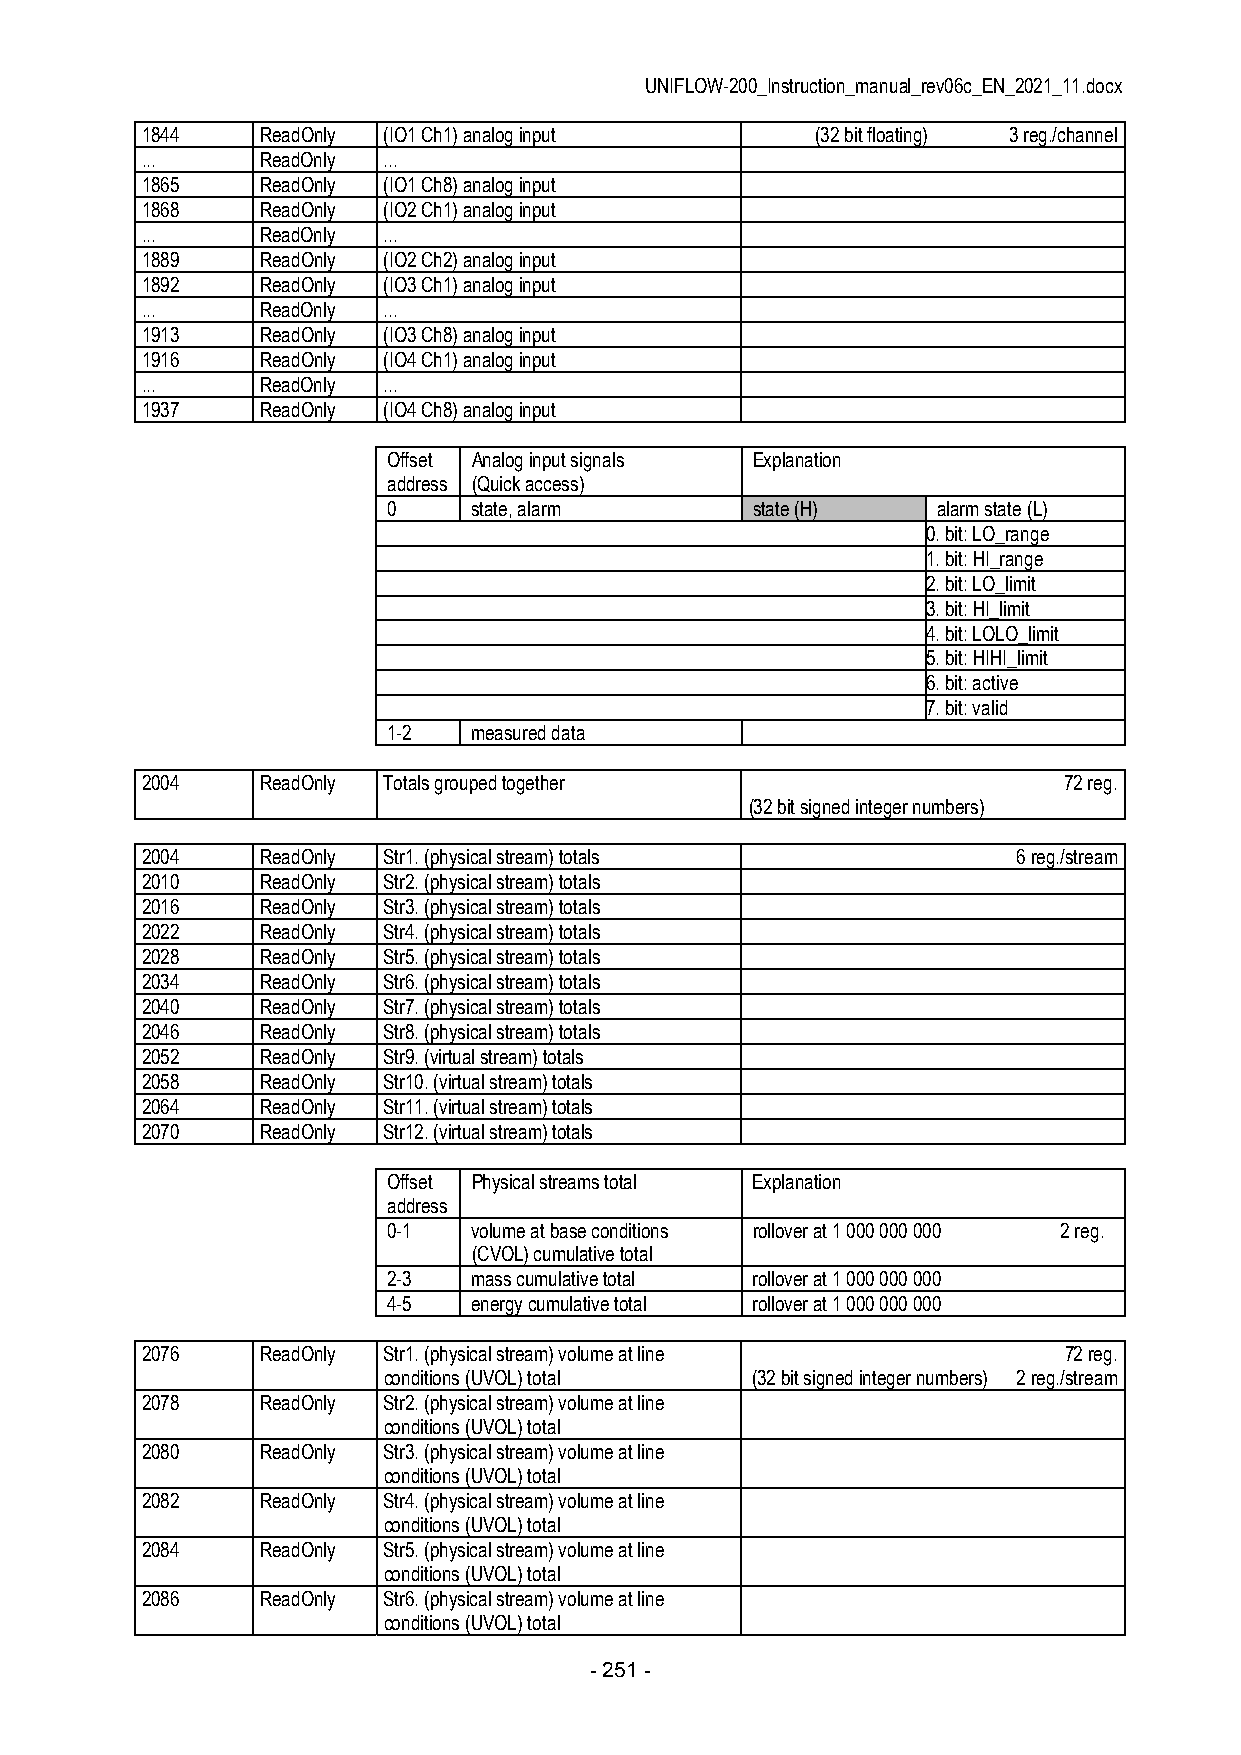
UNIFLOW-200_Instruction_manual_rev06c_EN_2021_11.docx
 1844    ReadOnly (IO1 Ch1) analog input      (32 bit floating) 3 reg./channel
 ...     ReadOnly ...
 1865    ReadOnly (IO1 Ch8) analog input
 1868    ReadOnly (IO2 Ch1) analog input
 ...     ReadOnly ...
 1889    ReadOnly (IO2 Ch2) analog input
 1892    ReadOnly (IO3 Ch1) analog input
 ...     ReadOnly ...
 1913    ReadOnly (IO3 Ch8) analog input
 1916    ReadOnly (IO4 Ch1) analog input
 ...     ReadOnly ...
 1937    ReadOnly (IO4 Ch8) analog input
 Offset Analog input signals Explanation
 address (Quick access)
 0    state, alarm       state (H)   alarm state (L)
 0. bit: LO_range
 1. bit: HI_range
 2. bit: LO_limit
 3. bit: HI_limit
 4. bit: LOLO_limit
 5. bit: HIHI_limit
 6. bit: active
 7. bit: valid
 1-2  measured data
 2004    ReadOnly Totals grouped together                     72 reg.
 (32 bit signed integer numbers)
 2004    ReadOnly Str1. (physical stream) totals           6 reg./stream
 2010    ReadOnly Str2. (physical stream) totals
 2016    ReadOnly Str3. (physical stream) totals
 2022    ReadOnly Str4. (physical stream) totals
 2028    ReadOnly Str5. (physical stream) totals
 2034    ReadOnly Str6. (physical stream) totals
 2040    ReadOnly Str7. (physical stream) totals
 2046    ReadOnly Str8. (physical stream) totals
 2052    ReadOnly Str9. (virtual stream) totals
 2058    ReadOnly Str10. (virtual stream) totals
 2064    ReadOnly Str11. (virtual stream) totals
 2070    ReadOnly Str12. (virtual stream) totals
 Offset Physical streams total Explanation
 address
 0-1  volume at base conditions rollover at 1 000 000 000 2 reg.
 (CVOL) cumulative total
 2-3  mass cumulative total rollover at 1 000 000 000
 4-5  energy cumulative total rollover at 1 000 000 000
 2076    ReadOnly Str1. (physical stream) volume at line      72 reg.
 conditions (UVOL) total  (32 bit signed integer numbers) 2 reg./stream
 2078    ReadOnly Str2. (physical stream) volume at line
 conditions (UVOL) total
 2080    ReadOnly Str3. (physical stream) volume at line
 conditions (UVOL) total
 2082    ReadOnly Str4. (physical stream) volume at line
 conditions (UVOL) total
 2084    ReadOnly Str5. (physical stream) volume at line
 conditions (UVOL) total
 2086    ReadOnly Str6. (physical stream) volume at line
 conditions (UVOL) total
 - 251 -